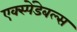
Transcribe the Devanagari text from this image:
एक्स्पेंडेबल्स